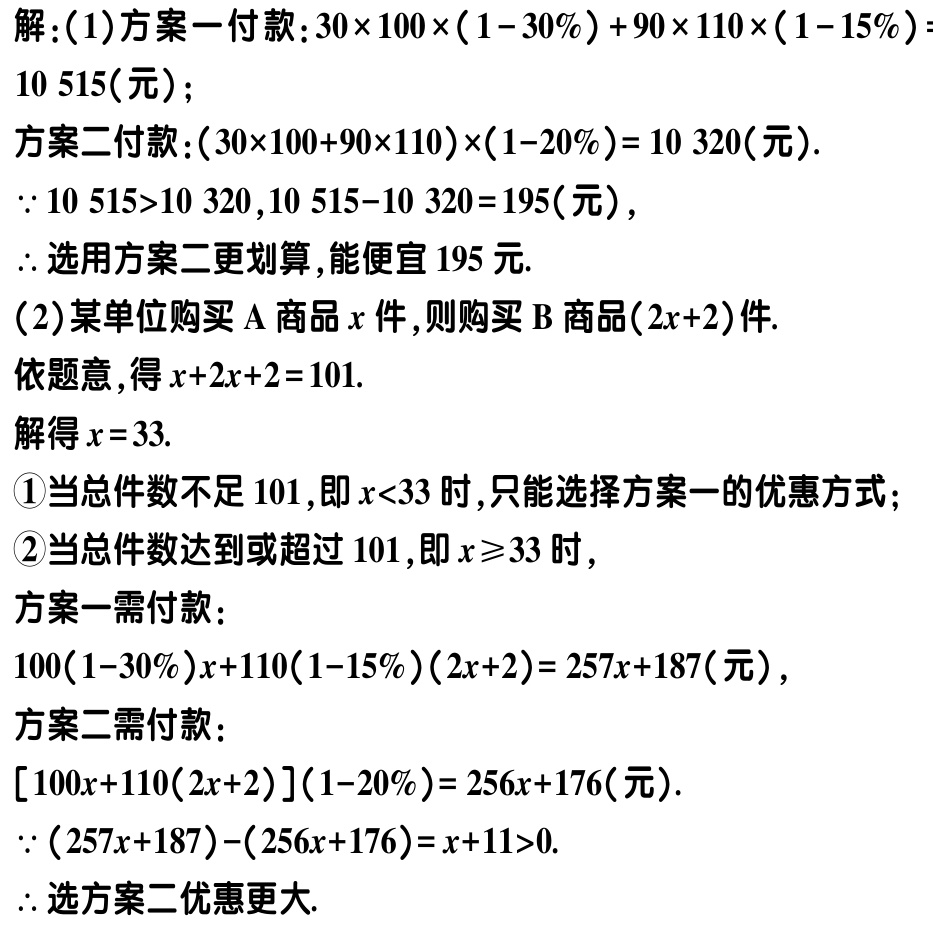
解：(1)方案一付款：\(30\times 100\times(1 - 30\%)+90\times 110\times(1 - 15\%) = 10515\)(元)；

方案二付款：\((30\times 100 + 90\times 110)\times(1 - 20\%)=10320\)(元).

\(\because 10515>10320,10515 - 10320 = 195\)(元)，

\(\therefore\)选用方案二更划算,能便宜\(195\)元.

(2)某单位购买\(A\)商品\(x\)件,则购买\(B\)商品\((2x + 2)\)件.

依题意,得\(x + 2x + 2 = 101\).

解得\(x = 33\).

\textcircled{1}当总件数不足\(101\),即\(x<33\)时,只能选择方案一的优惠方式；

\textcircled{2}当总件数达到或超过\(101\),即\(x\geq33\)时，

方案一需付款：

\(100(1 - 30\%)x+110(1 - 15\%)(2x + 2)=257x + 187\)(元)，

方案二需付款：

\([100x + 110(2x + 2)](1 - 20\%)=256x + 176\)(元).

\(\because(257x + 187)-(256x + 176)=x + 11>0\).

\(\therefore\)选方案二优惠更大.